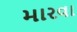
મારવા